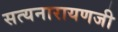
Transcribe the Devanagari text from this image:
सत्यनारायणजी